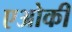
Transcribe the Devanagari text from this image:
एओकी